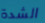
الشدة